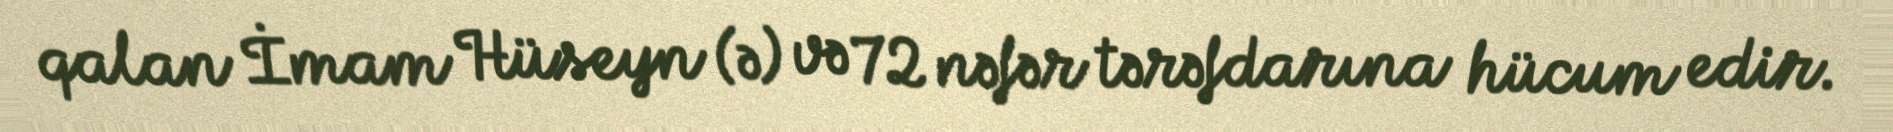
qalan İmam Hüseyn (ə) və 72 nəfər tərəfdarına hücum edir.